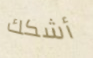
أشكك